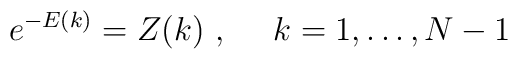
e^{-E(k)} = Z(k) \ , \ \ \ \ k=1,\ldots ,N-1